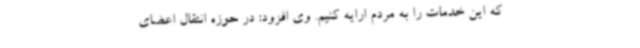
که این خدمات را به مردم ارایه کنیم. وی افزود: در حوزه انتقال اعضای